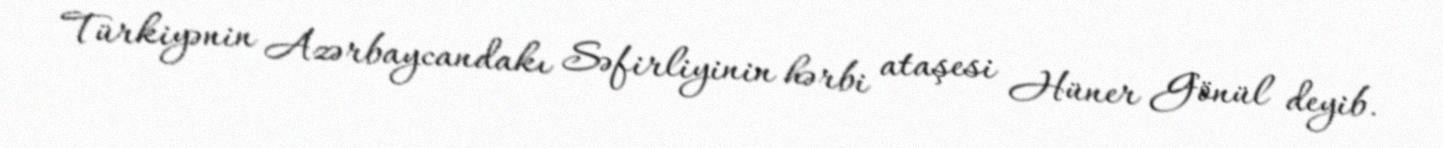
Türkiyənin Azərbaycandakı Səfirliyinin hərbi ataşesi Hüner Gönül deyib.